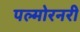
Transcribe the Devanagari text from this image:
पल्मोरनरी